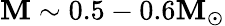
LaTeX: \mathbf{M}\sim0.5-0.6\mathbf{M}_{\odot}